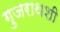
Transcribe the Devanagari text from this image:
गुजराथशी